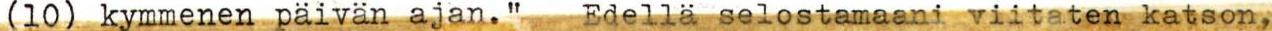
(10) kymmenen päivän ajan." Edellä selostamaani viitaten katson,